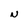
Character: N